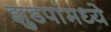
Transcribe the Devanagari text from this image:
झुडपांमध्ये